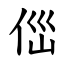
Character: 㑎